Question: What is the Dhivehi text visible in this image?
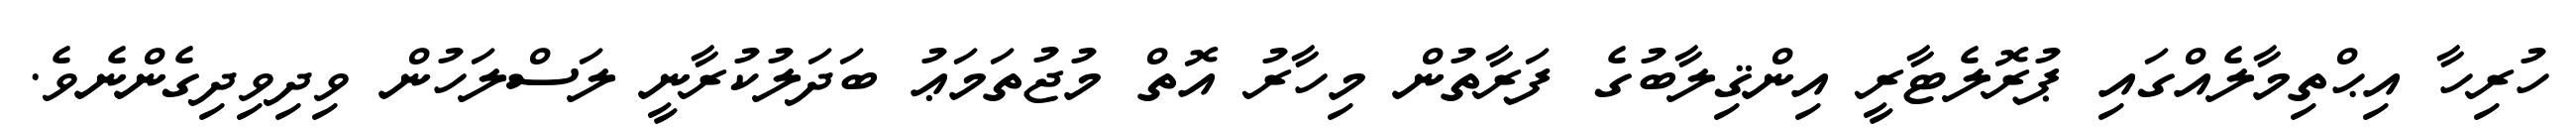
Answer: ހުރިހާ އިޙްތިމާލެއްގައި ޕުރޮލެޓާރީ އިންޤިލާބުގެ ފަރާތުން މިހާރު އޮތް މުޖުތަމަޢު ބަދަލުކުރާނީ ލަސްލަހުން ވިދިވިދިގެންނެވެ.